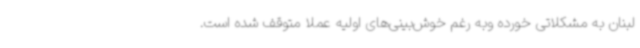
لبنان به مشکلاتی خورده وبه رغم خوش‌بینی‌های اولیه عملا متوقف شده است.